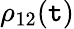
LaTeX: \rho_{12}(\mathtt{t})